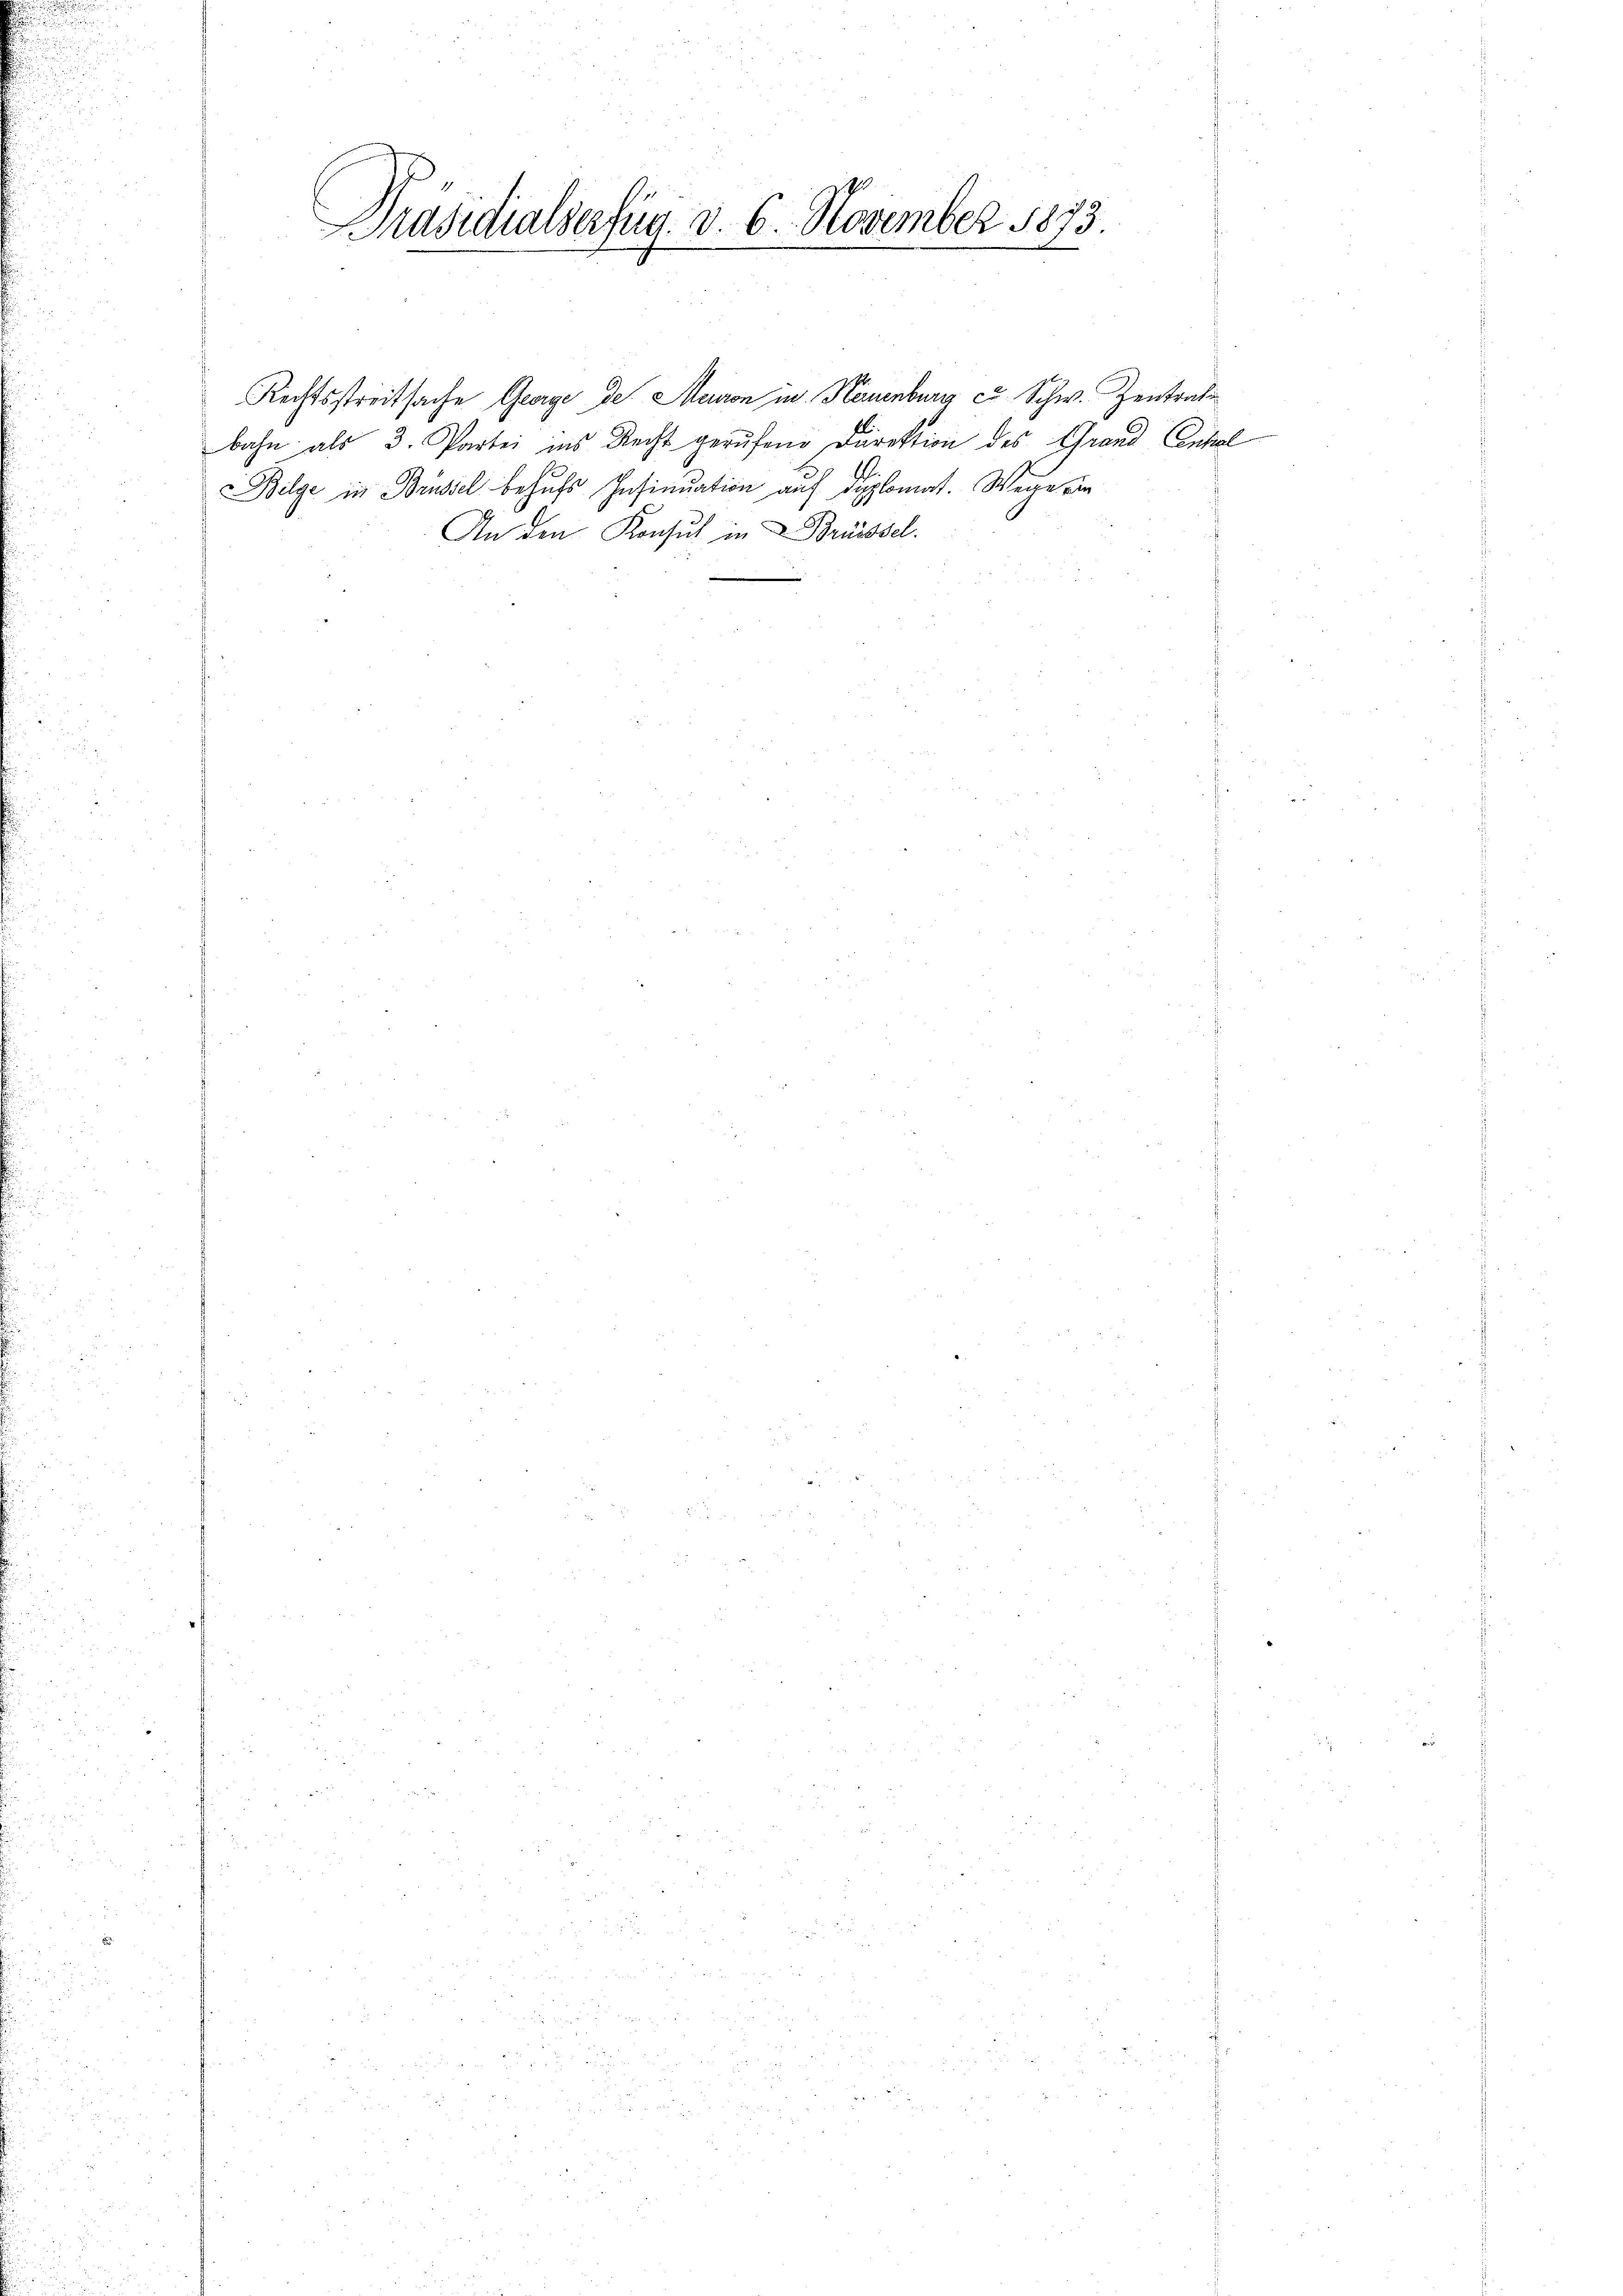
u

Präsidialserfug. v. 6. November 1873.
e
wer

Bilge in Brüssel behufs Insinuation auf diplomat. Wege ein
An den Konsul in Brüssel.

Rechtsstreitsache George des Meuron in Keuenburg c. Schw. Zentrati
bahn als 3. Partei ins Recht gerufene Direktion des Grand Enkel